Account of plague administration in the Bombay Presidency from September 1896 till May 1897
Year: 1896
Disease focus: Plague
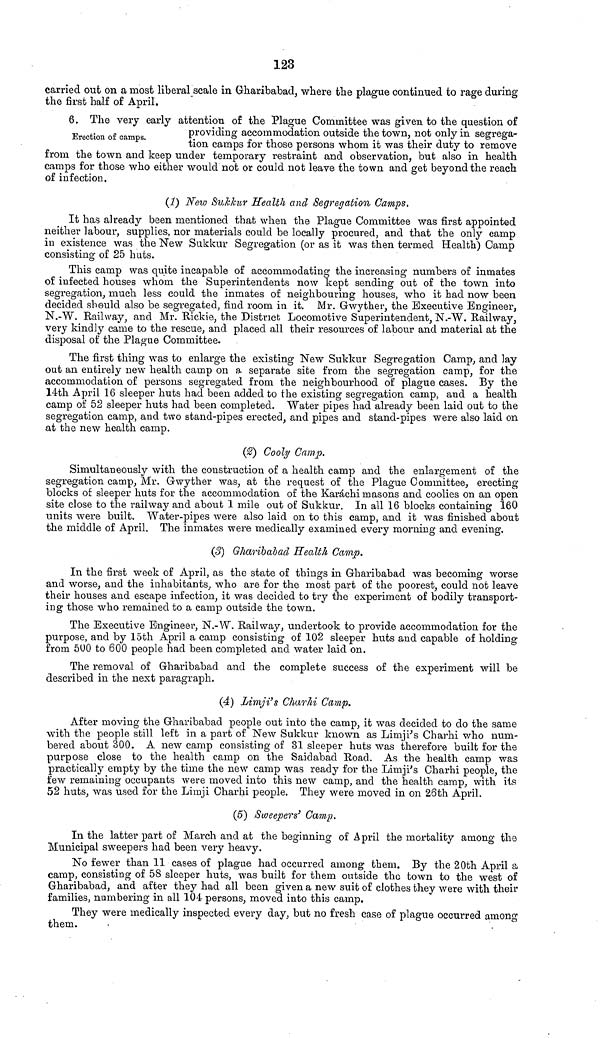
123
carried out on a most liberal scale in Gharibabad, where the plague continued to rage during
the first half of April.
Erection of camps.
6. The very early attention of the Plague Committee was given to the question of
providing accommodation outside the town, not only in segrega-
tion camps for those persons whom it was their duty to remove
from the town and keep under temporary restraint and observation, but also in health
camps for those who either would not or could not leave the town and get beyond the reach
of infection.
(1) New Sukkur Health and Segregation Camps.
It has already been mentioned that when the Plague Committee was first appointed
neither labour, supplies, nor materials could be locally procured, and that the only camp
in existence was the New Sukkur Segregation (or as it was then termed Health) Camp
consisting of 25 huts.
This camp was quite incapable of accommodating the increasing numbers of inmates
of infected houses whom the Superintendents now kept sending out of the town into
segregation, much less could the inmates of neighbouring houses, who it had now been
decided should also be segregated, find room in it. Mr. Gwyther, the Executive Engineer,
N.-W. Railway, and Mr. Rickie, the District Locomotive Superintendent, N.-W. Railway,
very kindly came to the rescue, and placed all their resources of labour and material at the
disposal of the Plague Committee.
The first thing was to enlarge the existing New Sukkur Segregation Camp, and lay
out an entirely new health camp 011 a separate site from the segregation camp, for the
accommodation of persons segregated from the neighbourhood of plague cases. By the
14th April 16 sleeper huts had been added to the existing segregation camp, and a health
camp of 52 sleeper huts had been completed. Water pipes had already been laid out to the
segregation camp, and two stand-pipes erected, and pipes and stand-pipes were also laid on
at the new health camp.
(2) Cooly Camp.
Simultaneously with the construction of a health camp and the enlargement of the
segregation camp, Mr. Gwyther was, at the request of the Plague Committee, erecting
blocks of sleeper huts for the accommodation of the Karachi masons and coolies on an open
site close to the railway and about 1 mile out of Sukkur. In all 16 blocks containing 160
units were built. Water-pipes were also laid on to this camp, and it was finished about
the middle of April. The inmates were medically examined every morning and evening.
(3} Gharibabad Health Camp.
In the first week of April, as the state of things in Gharibabad was becoming worse
and worse, and the inhabitants, who are for the most part of the poorest, could not leave
their houses and escape infection, it was decided to try the experiment of bodily transport-
ing those who remained to a camp outside the town.
The Executive Engineer, N.-W. Railway, undertook to provide accommodation for the
purpose, and by 15th April a camp consisting of 102 sleeper huts and capable of holding
com 500 to 600 people had been completed and water laid on.
The removal of Gharibabad and the complete success of the experiment will be
described in the next paragraph.
(4) Limji's Charhi Camp.
After moving the Gharibabad people out into the camp, it was decided to do the same
with the people still left in a part of New Sukkur known as Limji's Charhi who num-
bered about 300. A new camp consisting of 31 sleeper huts was therefore built for the
purpose close to the health camp on the Saidabad Road. As the health camp was
practically empty by the time the new camp was ready for the Limji's Charhi people, the
few remaining occupants were moved into this new camp, and the health camp, with its
52 huts, was used for the Limji Charhi people. They were moved in on 26th April.
(5) Sweepers' Camp.
In the latter part of March and at the beginning of April the mortality among the
Municipal sweepers had been very heavy.
No fewer than 11 cases of plague had occurred among them. By the 20th April a
camp, consisting of 58 sleeper huts, was built for them outside the town to the west of
Gharibabad, and after they had all been given a new suit of clothes they were with their
families, numbering in all 104 persons, moved into this camp.
They were medically inspected every day, but no fresh case of plague occurred among
them.